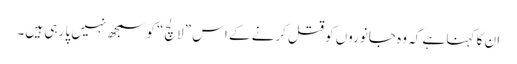
ان کا کہنا ہے کہ وہ جانوروں کو قتل کرنے کے اس ”لالچ“ کو سمجھ نہیں پا رہی ہیں۔